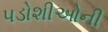
પડોશીઓની